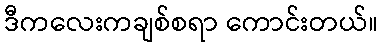
ဒီကလေးကချစ်စရာ ကောင်းတယ်။